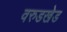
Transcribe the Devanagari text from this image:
वरुडखेड